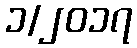
၁/၂၀၁၇